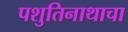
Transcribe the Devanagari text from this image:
पशुतिनाथाचा